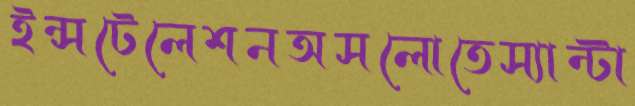
ইন্সটেলেশনঅসলোতেস্যান্টা